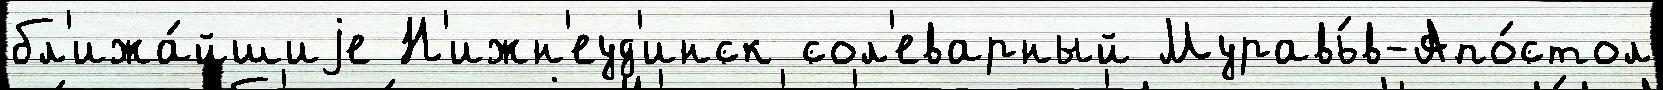
бл'ижа́йшиjе Н'ижн'еуд'инск сол'еварный Муравь́в-Апо́стол